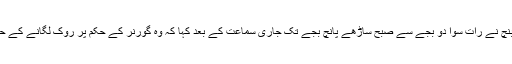
جسٹس ارجن کمار سیکری، جسٹس ایس اے بوب ڈے اور جسٹس اشوک بھوشن کی بنچ نے رات سوا دو بجے سے صبح ساڑھے پانچ بجے تک جاری سماعت کے بعد کہا کہ وہ گورنر کے حکم پر روک لگانے کے حق میں نہیں ہیں، اورمسٹر يديورپا کی حلف برداری تقریب پر روک نہیں لگائے گی۔